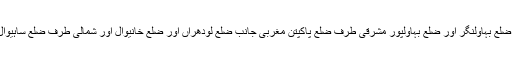
اس کے جنوبی طرف ضلع بہاولنگر اور ضلع بہاولپور مشرقی طرف ضلع پاکپتن مغربی جانب ضلع لودھراں اور ضلع خانیوال اور شمالی طرف ضلع ساہیوال اور خانیوال واقع ہیں۔